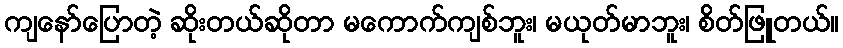
ကျနော်ပြောတဲ့ ဆိုးတယ်ဆိုတာ မကောက်ကျစ်ဘူး၊ မယုတ်မာဘူး၊ စိတ်ဖြူတယ်။